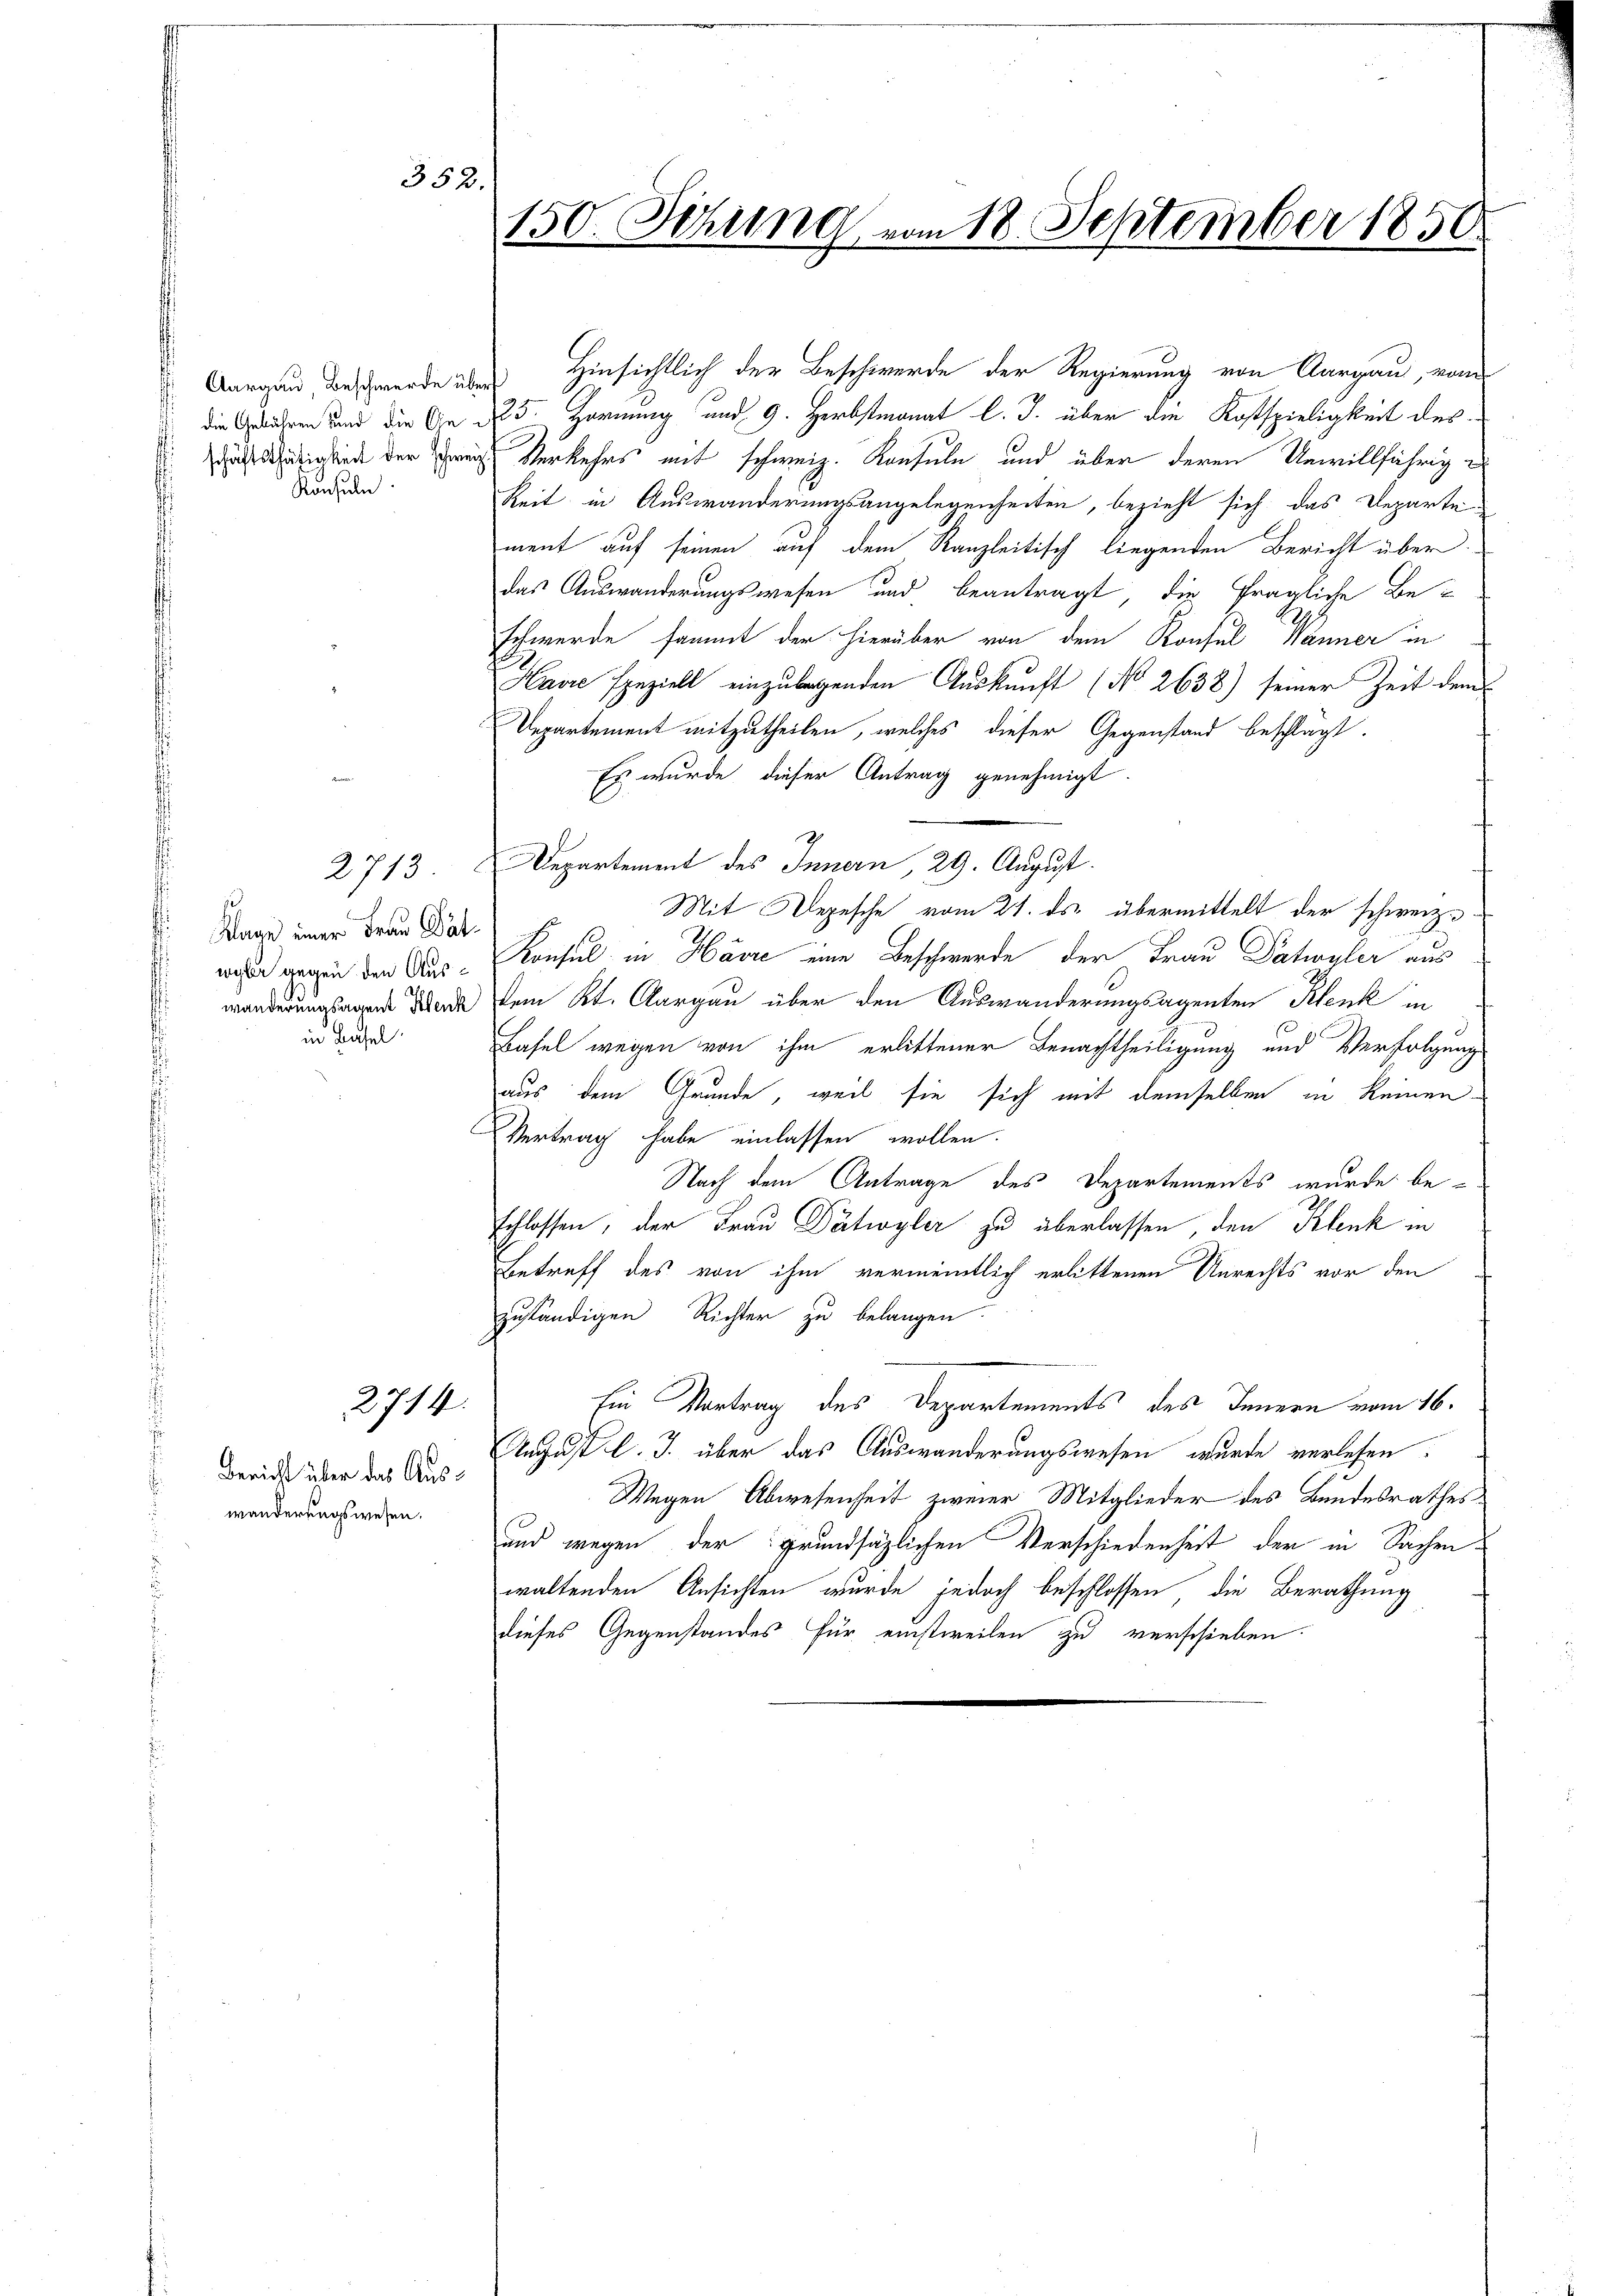
352.

Konsuln

Klage einer Frau Dätwyler gegen den Auswänderungsagent Benk
in Basel.

E

2714.

Bericht über das Auswanderungswesen.

150. Sitzung vom 18. September 1850

Aargau Beschwerde über Hinsichtlich der Beschwerde der Regierung von Aargau, von
die Gebühren und die Die No 5. Hornung und 9. Herbstmonat l. J. über die Kostspieligkeit descution der Frei Verkehrs mit schweiz. Konsuln und über deren Unwillfährige
keit in Auswanderungsangelegenheiten, bezieht sich das Departement auf seinen auf dem Kanzleitisch liegenden Bericht überdas Auswanderungswesen und beantragt, die fragliche Be-
schwerde sammt der hierüber von dem Konsul Wanner in
Havre speziell einzulegenden Auskunft (No 2638) seiner Zeit dem
Departement mitzutheilen, welches dieser Gegenstand beschlagt.
Es wurde dieser Antrag genehmigt.
2713. Departement des Innern, 29. August.
Mit Depesche vom 21. ds. übermittelt der schweiz.
Konsul in Havre eine Beschwerde der Frau Patrouler aus
dem Kt. Aargau über den Auswanderungsagenten Klenk in
Basel wegen von ihm erlittener Benachtheiligung und Verfolgung
aus dem Grunde, weil sie sich mit demselben in keinen
Vertrag habe einlassen wollen.
Nach dem Antrage des Departements wurde be-
schlossen, der Frau Dätwyler zu überlassen, den Klenk in
Betreff des von ihm vermeintlich erlittenen Anrechts vor den
zuständigen Richter zu belangen.
Ein Vortrag des Departements des Innern vom 16.
August l. J. über das Auswanderungswesen wurde verlesen.
Wegen Abwesenheit zweier Mitglieder des Bundesrathes
und wegen der grundsätzlichen Verschiedenheit der in Sachen
waltenden Ansichten wurde jedoch beschlossen, die Berathung
dieses Gegenstandes für einstweilen zu verschieben.